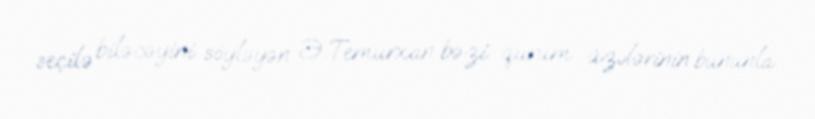
seçilə biləcəyini söyləyən Ə.Temurxan bəzi qurum üzvlərinin bununla